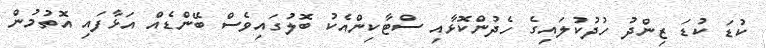
ކުޑަ ކުޑަ ޒިންދު ހުދުކުލައިގެ ހެދުންކޮޅާއި ސްޓާކިންއެކު ބޮލުގައިވެސް ބޭންޑެއް އަޅާފައި އޮތުމުން